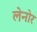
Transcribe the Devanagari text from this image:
लेनोर